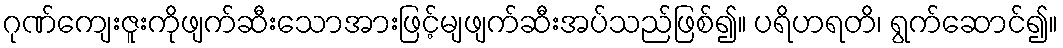
ဂုဏ်ကျေးဇူးကိုဖျက်ဆီးသောအားဖြင့်မျဖျက်ဆီးအပ်သည်ဖြစ်၍။ ပရိဟရတိ၊ ရွက်ဆောင်၍။